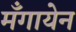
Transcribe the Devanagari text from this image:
मँगायेन